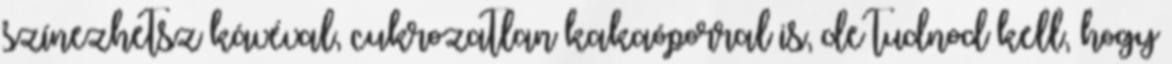
színezhetsz kávéval, cukrozatlan kakaóporral is, de tudnod kell, hogy